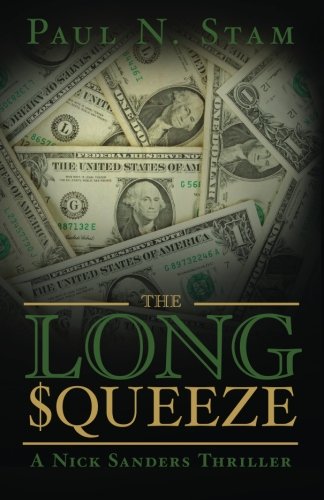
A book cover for The Long Squeeze: A Nick Sanders Thriller; Paul N. Stam; Mystery, Thriller & Suspense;